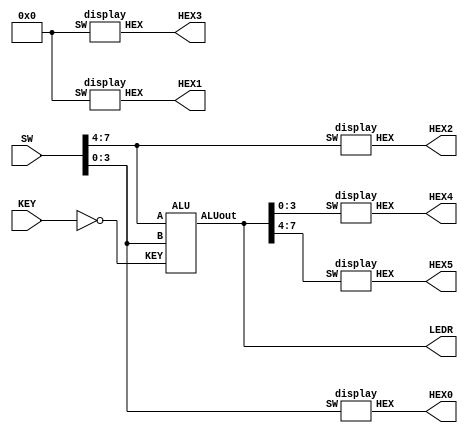
module aluthing(input [9:0]SW, input [2:0]KEY, output [6:0]HEX0,output [6:0]HEX1,output [6:0]HEX2,output [6:0]HEX3,output [6:0]HEX4,output [6:0]HEX5, output [7:0]LEDR);
	ALU u0 (SW[7:4], SW[3:0], ~KEY[2:0], LEDR[7:0]);
	display u1 (SW[7:4], HEX2[6:0]);
	display u2 (SW[3:0], HEX0[6:0]);
	display u3 (4'b0000, HEX1[6:0]);
	display u4 (4'b0000, HEX3[6:0]);
	display u5 (LEDR[3:0], HEX4[6:0]);
	display u6 (LEDR[7:4], HEX5[6:0]);
endmodule

module ALU(input [3:0]A, input[3:0]B,input [2:0]KEY, output reg [7:0]ALUout);
	wire [7:0]in; 
	wire [4:0]w;
	assign in = {A,B};
	fulladder u7 (in[7:0], w[4:0]);
	always@(*)
	begin
		case (KEY)
			3'b000: ALUout = {3'b000, w[4:0]};
			3'b001: ALUout[4:0] = A + B;
			3'b010: ALUout = {~(A&B),~(A|B)};
			3'b011: if (A||B) 
						ALUout[7:0] = 8'b11000000;
			3'b100: if (((B[0] & B[1] & B[2] & ~B[3]) | (B[0] & B[1] & ~B[2] & B[3]) | (B[0] & ~B[1] & B[2] & B[3]) | (~B[0] & B[1] & B[2] & B[3])) & ((~A[0]&~A[1]&A[2]&A[3])|(A[0]&~A[1]&~A[2]&A[3])|(~A[0]&A[1]&~A[2]&A[3])|(~A[0]&A[1]&A[2]&~A[3])|(A[0]&~A[1]&A[2]&~A[3])|(A[0]&A[1]&~A[2]&~A[3])))
						ALUout[7:0] = 8'b00111111;
			3'b101: ALUout[7:0] = {A,B};
			3'b110: ALUout = {A^B ,A~^B};
			default: ALUout [7:0] = 8'b00000000;
		endcase
	end
endmodule

module fulladder(input [7:0]in, output [4:0]out);
	wire w0, w1, w2;
	adder u0 (in[4], in[0], 1'b0, w0, out[0]);
	adder u1 (in[5], in[1], w0, w1, out[1]);
	adder u2 (in[6], in[2], w1, w2, out[2]); 
	adder u3 (in[7], in[3], w2, out[4], out[3]);
endmodule
	

module adder(input b, a, ci, output co, s);
	//assign co = ((b | a | ~ci ) & (b | ~a | ci ) & (~b | a | ci ) & (b | a | ci ));
	//assign s = ((b | a | ci ) & (b | ~a | ~ci ) & (~b | a | ~ci ) & (~b | ~a | ci ));
	assign co = ((a^b)&ci)|(a&b);
	assign s = ((a^b)^ci);
endmodule


module display(input [3:0]SW,output [6:0]HEX);

 assign HEX[0]= (~SW[3]&~SW[2]&~SW[1]&SW[0])+(~SW[3]&SW[2]&~SW[1]&~SW[0])+(SW[3]&~SW[2]&SW[1]&SW[0])+(SW[3]&SW[2]&~SW[1]&SW[0]);
 assign HEX[1]=(~SW[3]&SW[2]&~SW[1]&SW[0])+(~SW[3]&SW[2]&SW[1]&~SW[0])+(SW[3]&~SW[2]&SW[1]&SW[0])+(SW[3]&SW[2]&~SW[1]&~SW[0])+(SW[3]&SW[2]&SW[1]&~SW[0])+(SW[3]&SW[2]&SW[1]&SW[0]);
 assign HEX[2]=(~SW[3]&~SW[2]&SW[1]&~SW[0])+(SW[3]&SW[2]&~SW[1]&~SW[0])+(SW[3]&SW[2]&SW[1]&~SW[0])+(SW[3]&SW[2]&SW[1]&SW[0]);
 assign HEX[3]=(~SW[3]&~SW[2]&~SW[1]&SW[0])+(~SW[3]&SW[2]&~SW[1]&~SW[0])+(~SW[3]&SW[2]&SW[1]&SW[0])+(SW[3]&~SW[2]&SW[1]&~SW[0])+(SW[3]&SW[2]&SW[1]&SW[0]);
 assign HEX[4]=(~SW[3]&~SW[2]&~SW[1]&SW[0])+(~SW[3]&~SW[2]&SW[1]&SW[0])+(~SW[3]&SW[2]&~SW[1]&~SW[0])+(~SW[3]&SW[2]&~SW[1]&SW[0])+(~SW[3]&SW[2]&SW[1]&SW[0])+(SW[3]&~SW[2]&~SW[1]&SW[0]);
 assign HEX[5]=(~SW[3]&~SW[2]&~SW[1]&SW[0])+(~SW[3]&~SW[2]&SW[1]&~SW[0])+(~SW[3]&~SW[2]&SW[1]&SW[0])+(~SW[3]&SW[2]&SW[1]&SW[0])+(SW[3]&SW[2]&~SW[1]&SW[0]);
 assign HEX[6]=(~SW[3]&~SW[2]&~SW[1]&SW[0])+(~SW[3]&SW[2]&SW[1]&SW[0])+(SW[3]&SW[2]&~SW[1]&~SW[0])+(~SW[3]&~SW[2]&~SW[1]&~SW[0]);

 endmodule